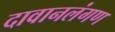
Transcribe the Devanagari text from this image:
दावानलंगण